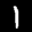
Label: 1